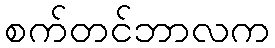
စက်တင်ဘာလက